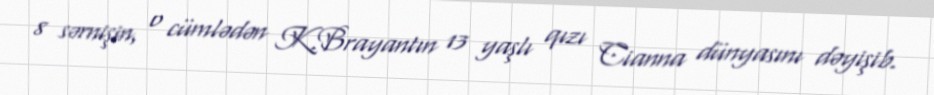
8 sərnişin, o cümlədən K.Brayantın 13 yaşlı qızı Cianna dünyasını dəyişib.